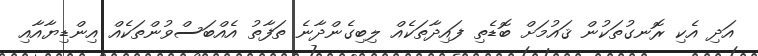
އަދި އެކި ރޮނގުތަކުން ޤައުމަށް ބޮޑެތި ފައިދާތަކެއް ލިބިގެންދާނެ ތަފާތު އެއްބަސްވުންތަކެއް އިންޑިޔާއާއި